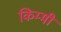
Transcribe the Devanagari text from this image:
किम्मी